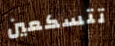
تتسكعين